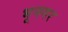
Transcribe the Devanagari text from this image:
भूनगर